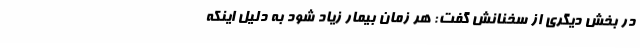
در بخش دیگری از سخنانش گفت: هر زمان بیمار زیاد شود به دلیل اینکه